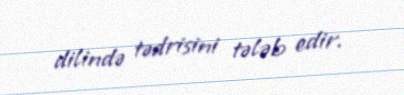
dilində tədrisini tələb edir.